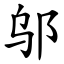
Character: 邬